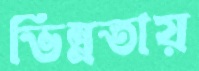
ভিন্নতায়